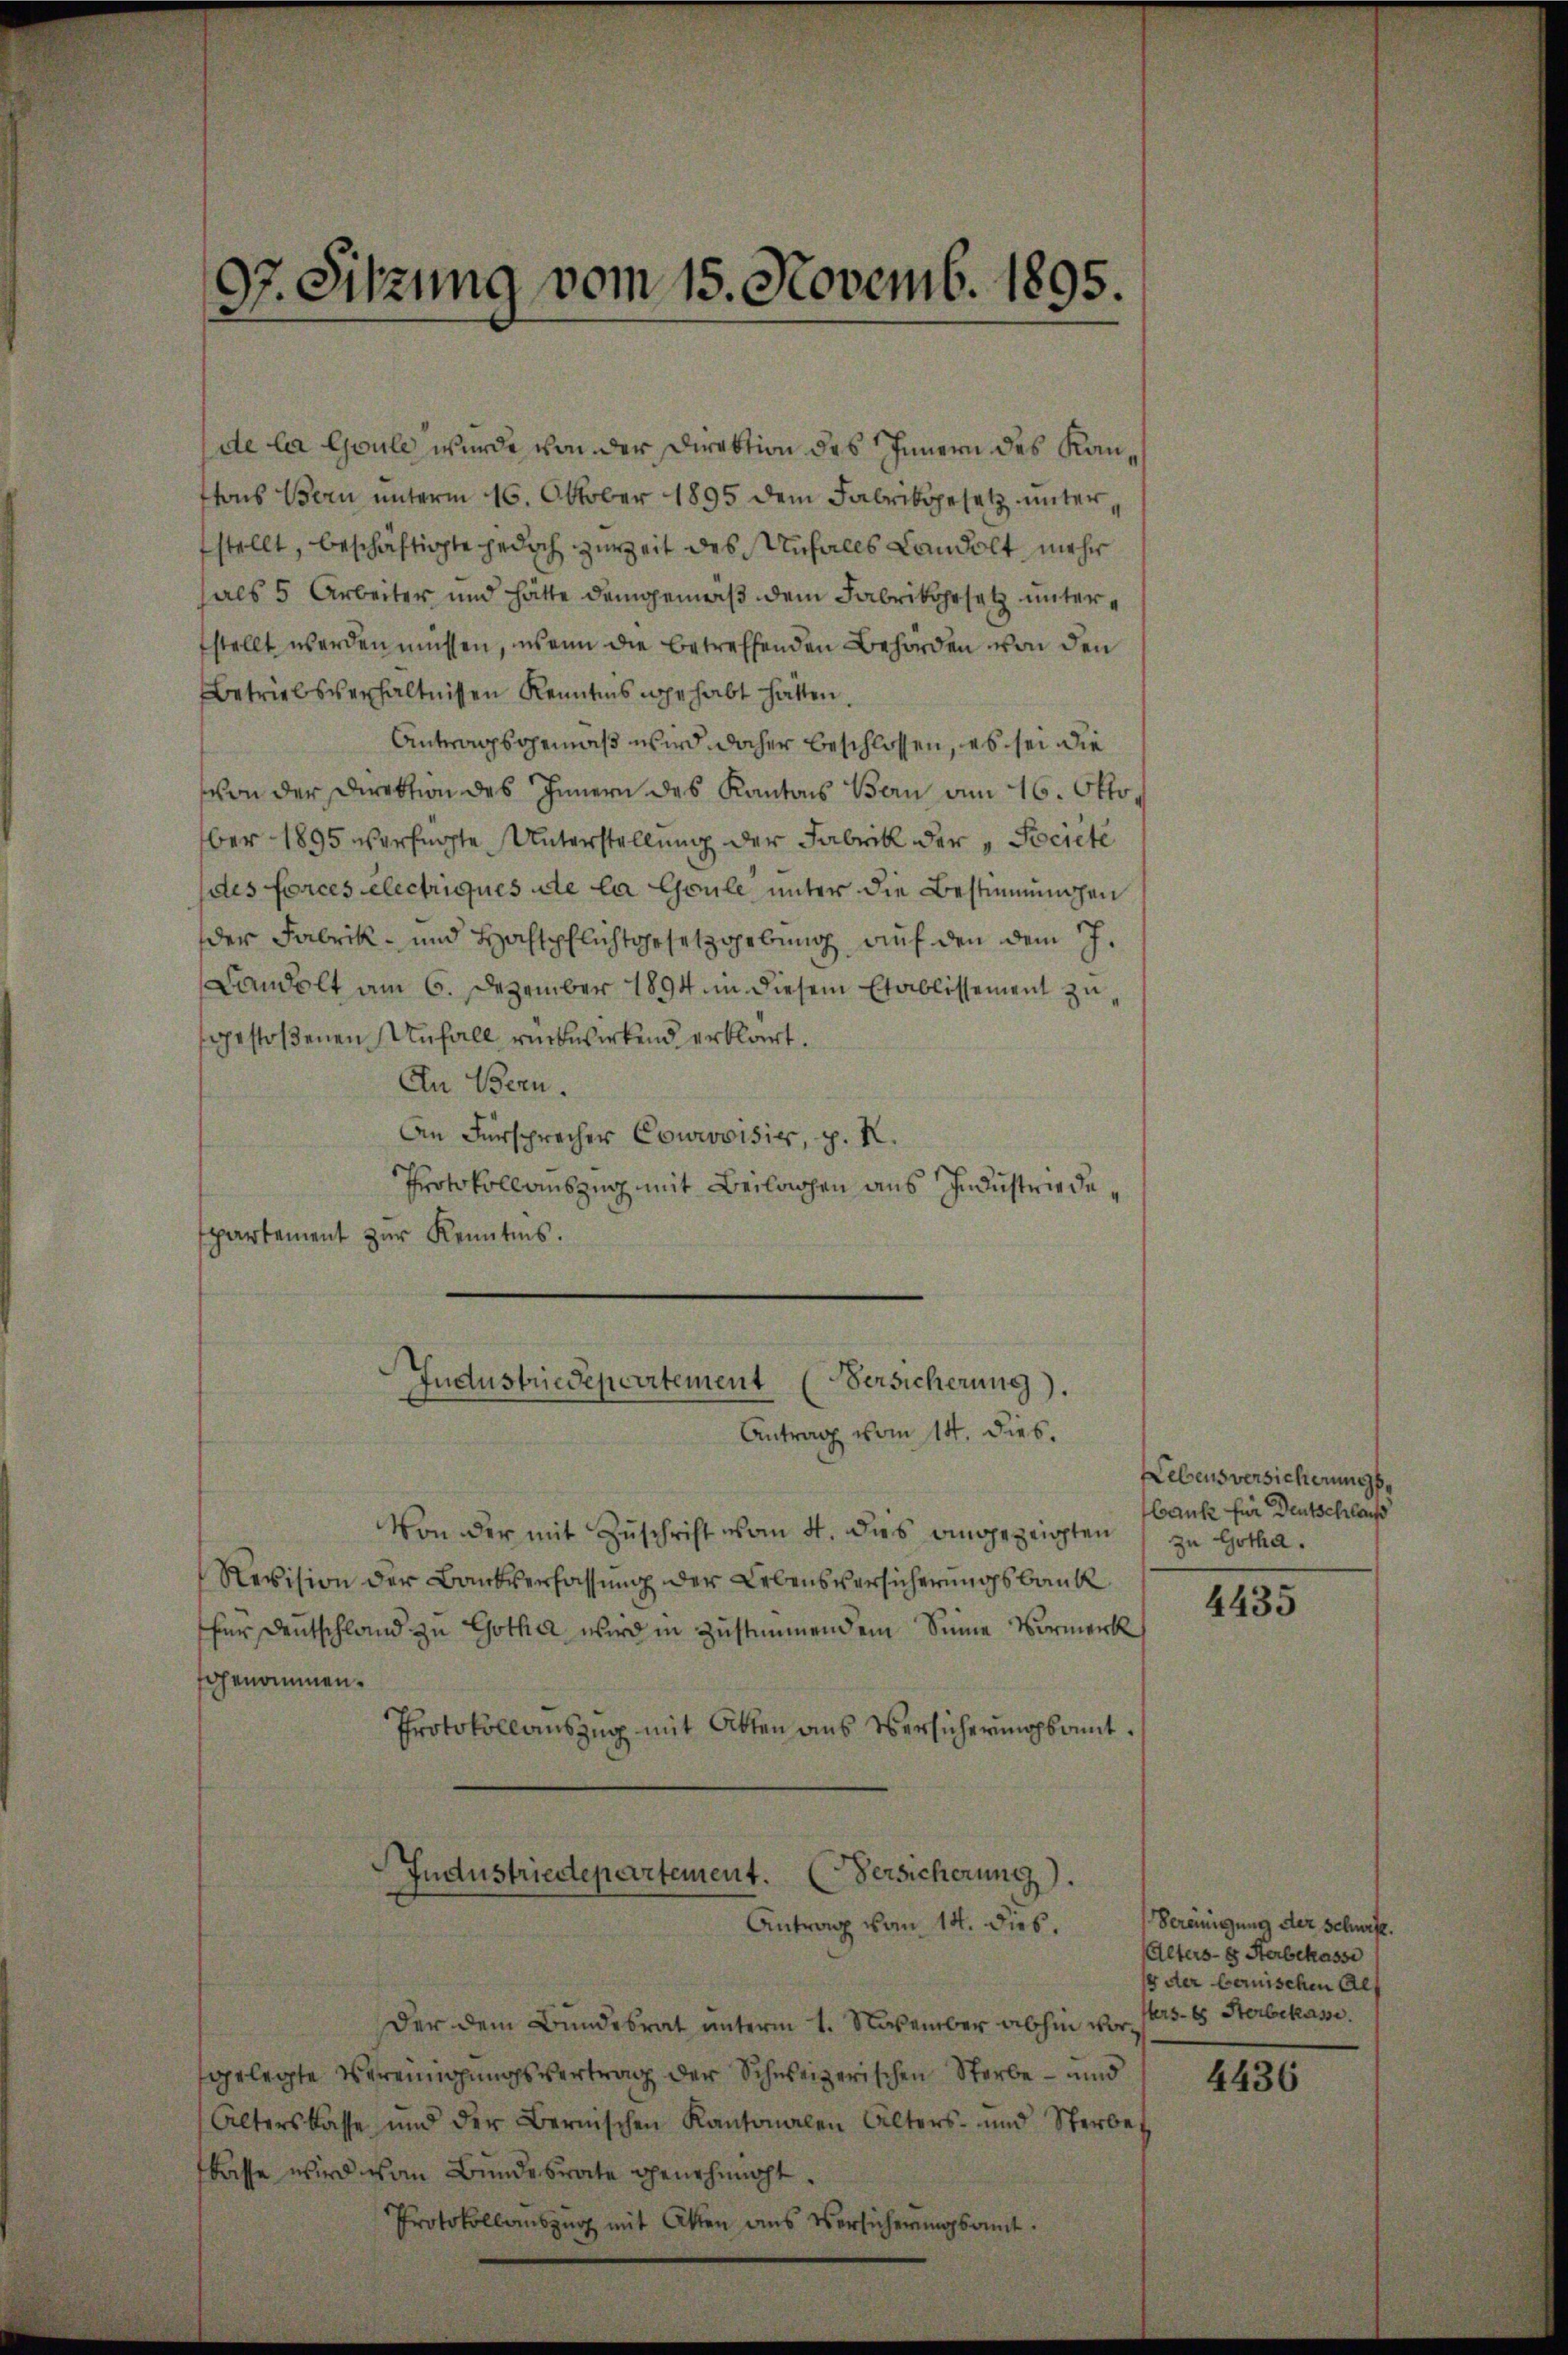
97. Sitzung vom 15. Novemb. 1895.

de la Goule wurde von der Direktion des Innern des Kantons Bern unterm 16. Oktober 1895 dem Fabrikgesetz unterstellt, beschäftigte jedoch zurZeit des Unfalls Landolt mehr
hals 5 Arbeiter und hätte demgemäß dem Fabrikgesetz unterfstellt werden müssen, wenn die betreffenden Behörden von den
Betriebsverhältnissen Kenntnis gehabt hätten.
Antragsgemäß wird daher beschlossen, es sei die
von der Direktion des Innern des Kantons Bern am 16. Oktober 1895 verfügte Unterstellung der Fabrik der „Pociete
(des forces electriques de la Goule unter die Bestimmungen
der Fabrik- und Hochtpflichtgesetzgebung auf den dem J.
Candolt am 6. Dezember 1894 in diesem Etablissement zu
gestoßenen Unfall rückwirkend erklärt.
An Bern.
An Fürsprecher Courovisies, p. N.
Protokollauszug mit Beilagen aus Industrie despartement zur Kenntnis.
Industriedepartement (Versicherung).
Antrag vom 14. dies.
Von der mit Zuschrift vom 4. das angezeigten
Revision der Bankverfassung der Lebensversicherungsbank
für Deutschland zu Gotha wird in Zustimmendem Sinne Vormerk
fgenommen.
Protokollauszug mit Akten aus Versicherungsamt.
Industriedepartement. (Versicherung).
Antrag vom 14. dies,
Der dem Bundesrat unterm 1. November abhin vorgelegte Vereinigungsvertrag der Schweizerischen Sterbe – und
Alterskasse und der Bernischen Kantonalen Alters- und Sterbes
flasse wird von Bundesrate genehmigt.

eingkamt.

Lebensversicherungsbank für Deutschlau
zu Gotha.

4435

Vereinigung der Schwitz.
Alters- & Sterbehasse
 der bernischen Al
terses Sterbekasse.

4436